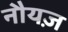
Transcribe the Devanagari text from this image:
नौयज़